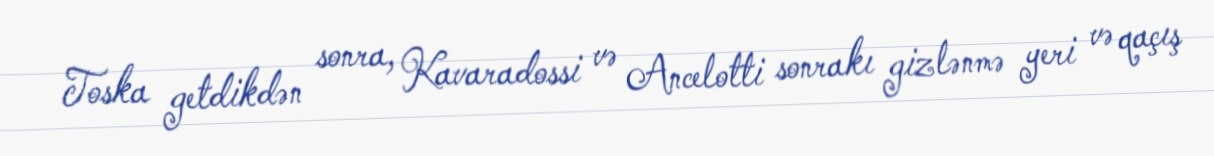
Toska getdikdən sonra, Kavaradossi və Ancelotti sonrakı gizlənmə yeri və qaçış